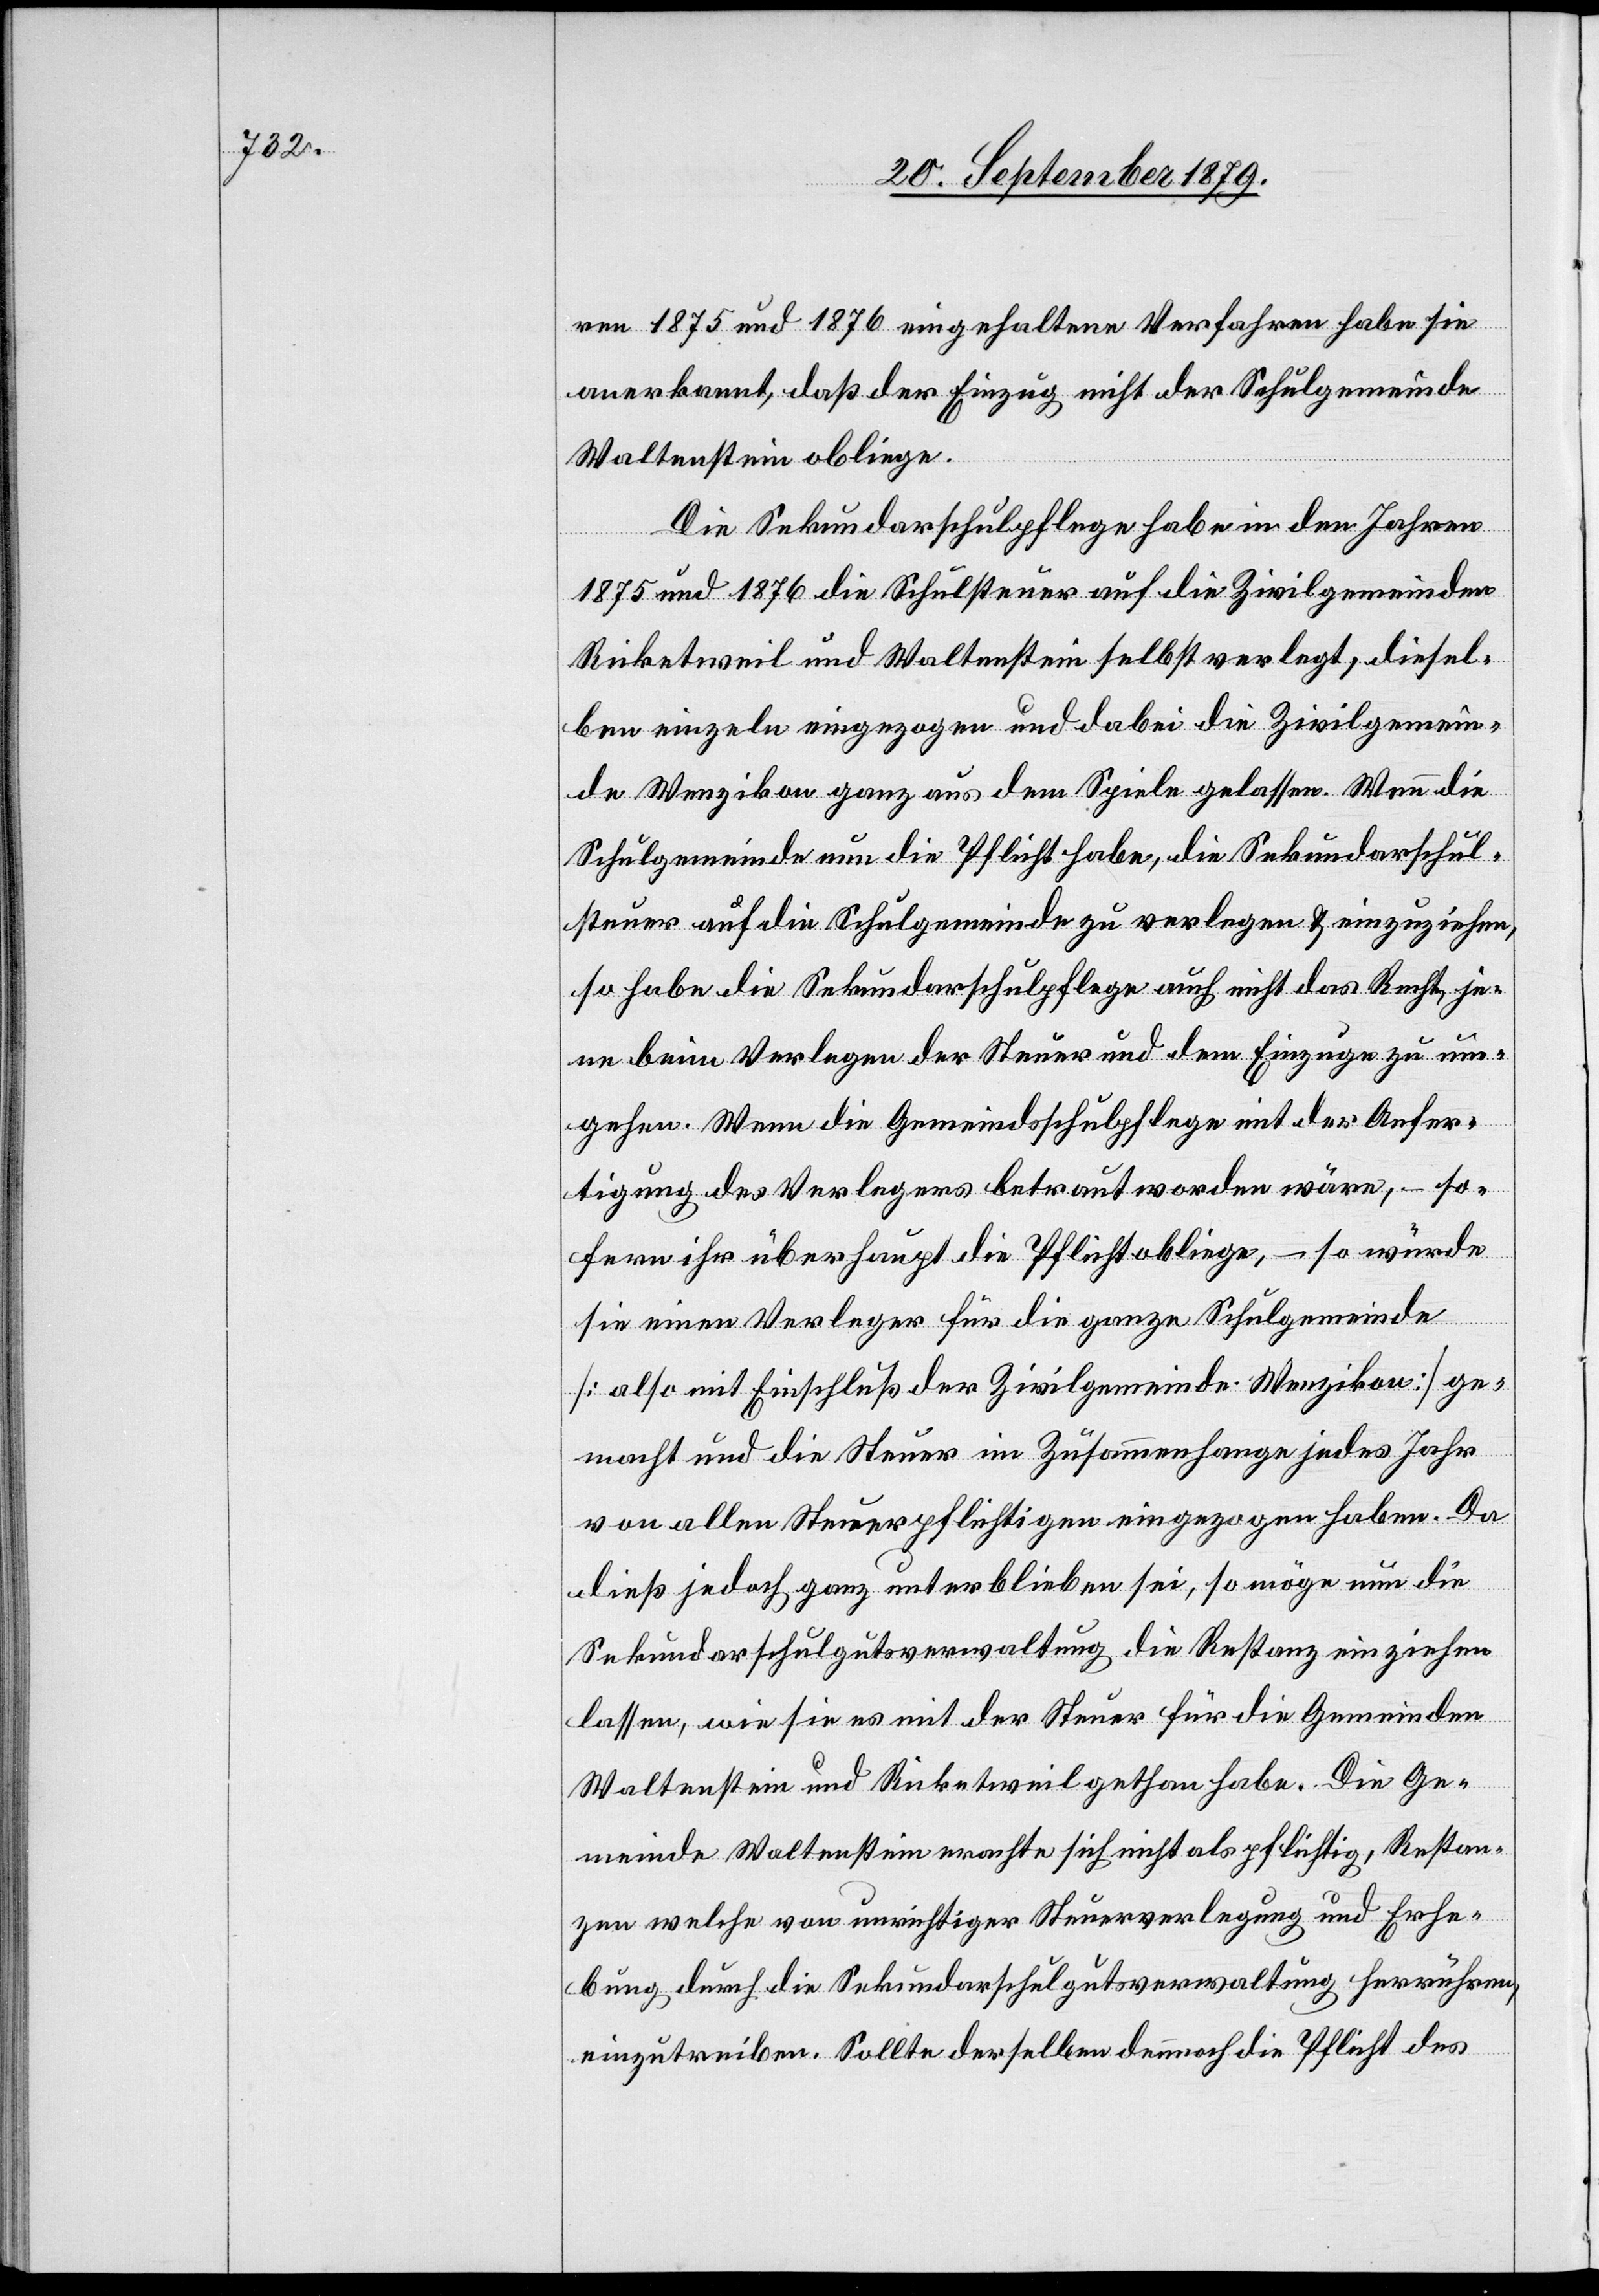
ren 1875 und 1876 eingehaltene Verfahren habe sie
anerkannt, daß der Einzug nicht der Schulgemeinde
Waltenstein obliege.
Die Sekundarschulpflege habe in den Jahren
1875 und 1876 die Schulsteuer auf die Zivilgemeinden
Ricketsweil und Waltenstein selbst verlegt, diesel¬
ben einzeln eingezogen und dabei die Zivilgemein¬
de Wenzikon ganz aus dem Spiele gelassen. Wenn die
Schulgemeinde nun die Pflicht habe, die Sekundarschul¬
steuer auf die Schulgemeinde zu verlegen & einzuziehen,
so habe die Sekundarschulpflege auch nicht das Recht, je¬
ne beim Verlegen der Steuer und dem Einzuge zu um¬
gehen. Wenn die Gemeindschulpflege mit der Anfer¬
tigung des Verlegers betraut worden wäre, – so¬
fern ihr überhaupt die Pflicht obliege, – so würde
sie einen Verleger für die ganze Schulgemeinde
[also mit Einschluß der Zivilgemeinde Wenzikon] ge¬
macht und die Steuer im Zusammenhange jedes Jahr
von allen Steuerpflichtigen eingezogen haben. Da
dieß jedoch ganz unterblieben sei, so möge nun die
Sekundarschulgutsverwaltung die Restanz einziehen
lassen, wie sie es mit der Steuer für die Gemeinden
Waltenstein und Ricketsweil gethan habe. Die Ge¬
meinde Waltenstein erachte sich nicht als pflichtig, Restan¬
zen welche von unrichtiger Steuerverlegung und Erhe¬
bung durch die Sekundarschulgutsverwaltung herrühren,
einzutreiben. Sollte derselben demnach die Pflicht des